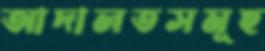
আদালতসমূহ